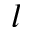
l